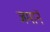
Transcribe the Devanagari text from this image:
जमानें